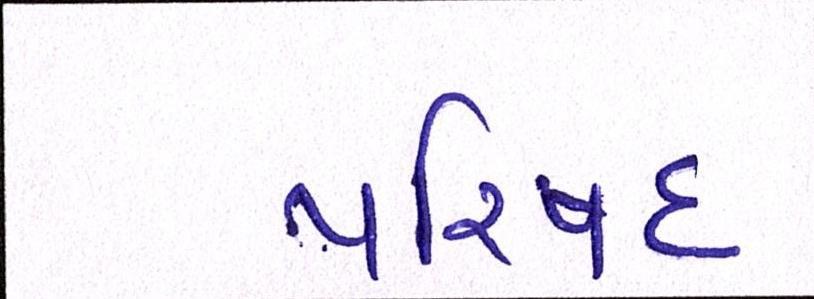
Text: પરિષદ